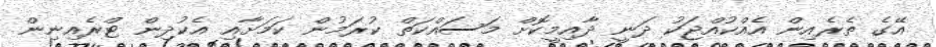
އޭގެ ތެރެއިން އެއްކުއްޖަކު ދަނީ ދާއިމީކޮށް މަސައްކަތް ކުރަމުން ކަމަށާއި އެކުދިން ޓްރެއިނިން